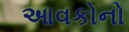
આવકોનો